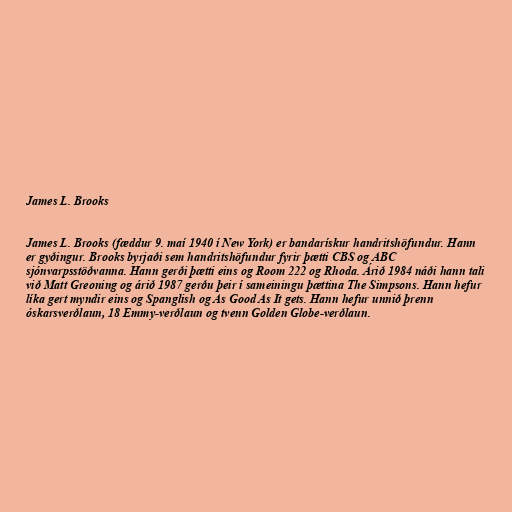
James L. Brooks

James L. Brooks (fæddur 9. maí 1940 í New York) er bandarískur handritshöfundur. Hann
er gyðingur. Brooks byrjaði sem handritshöfundur fyrir þætti CBS og ABC
sjónvarpsstöðvanna. Hann gerði þætti eins og Room 222 og Rhoda. Árið 1984 náði hann tali
við Matt Greoning og árið 1987 gerðu þeir í sameiningu þættina The Simpsons. Hann hefur
líka gert myndir eins og Spanglish og As Good As It gets. Hann hefur unnið þrenn
óskarsverðlaun, 18 Emmy-verðlaun og tvenn Golden Globe-verðlaun.